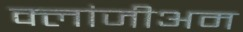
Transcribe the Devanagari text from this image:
क्लांजीअम